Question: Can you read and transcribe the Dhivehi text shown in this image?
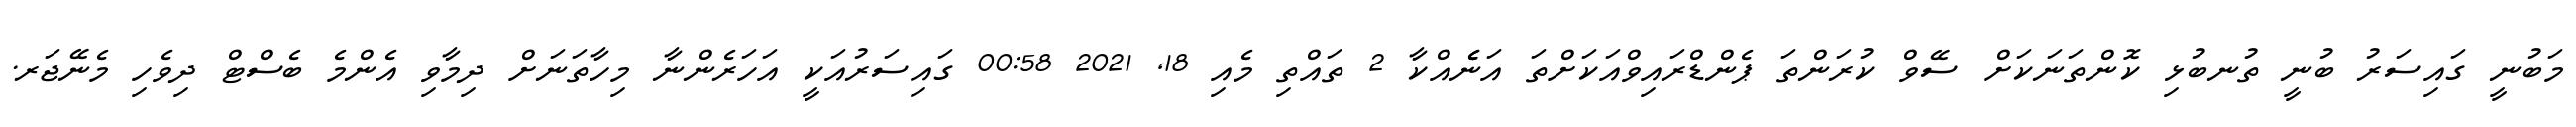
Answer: މަބުނީ ގައިސަރު ބުނީ ތުނބުޅި ކޮންތަނަކަށް ސޭވް ކުރަންތަ ޕެންޑްރައިވްއަކަށްތަ އަނެެއްކާ 2 ތައްތި މެއި 18, 2021 00:58 ގައިސަރުއަކީ އަހަރެންނާ މިހާތަނަށް ދިމާވި އެންމެ ބެސްޓް ދިވެހި މެނޭޖަރ.